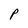
Character: P